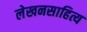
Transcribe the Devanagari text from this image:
लेखनसाहित्य